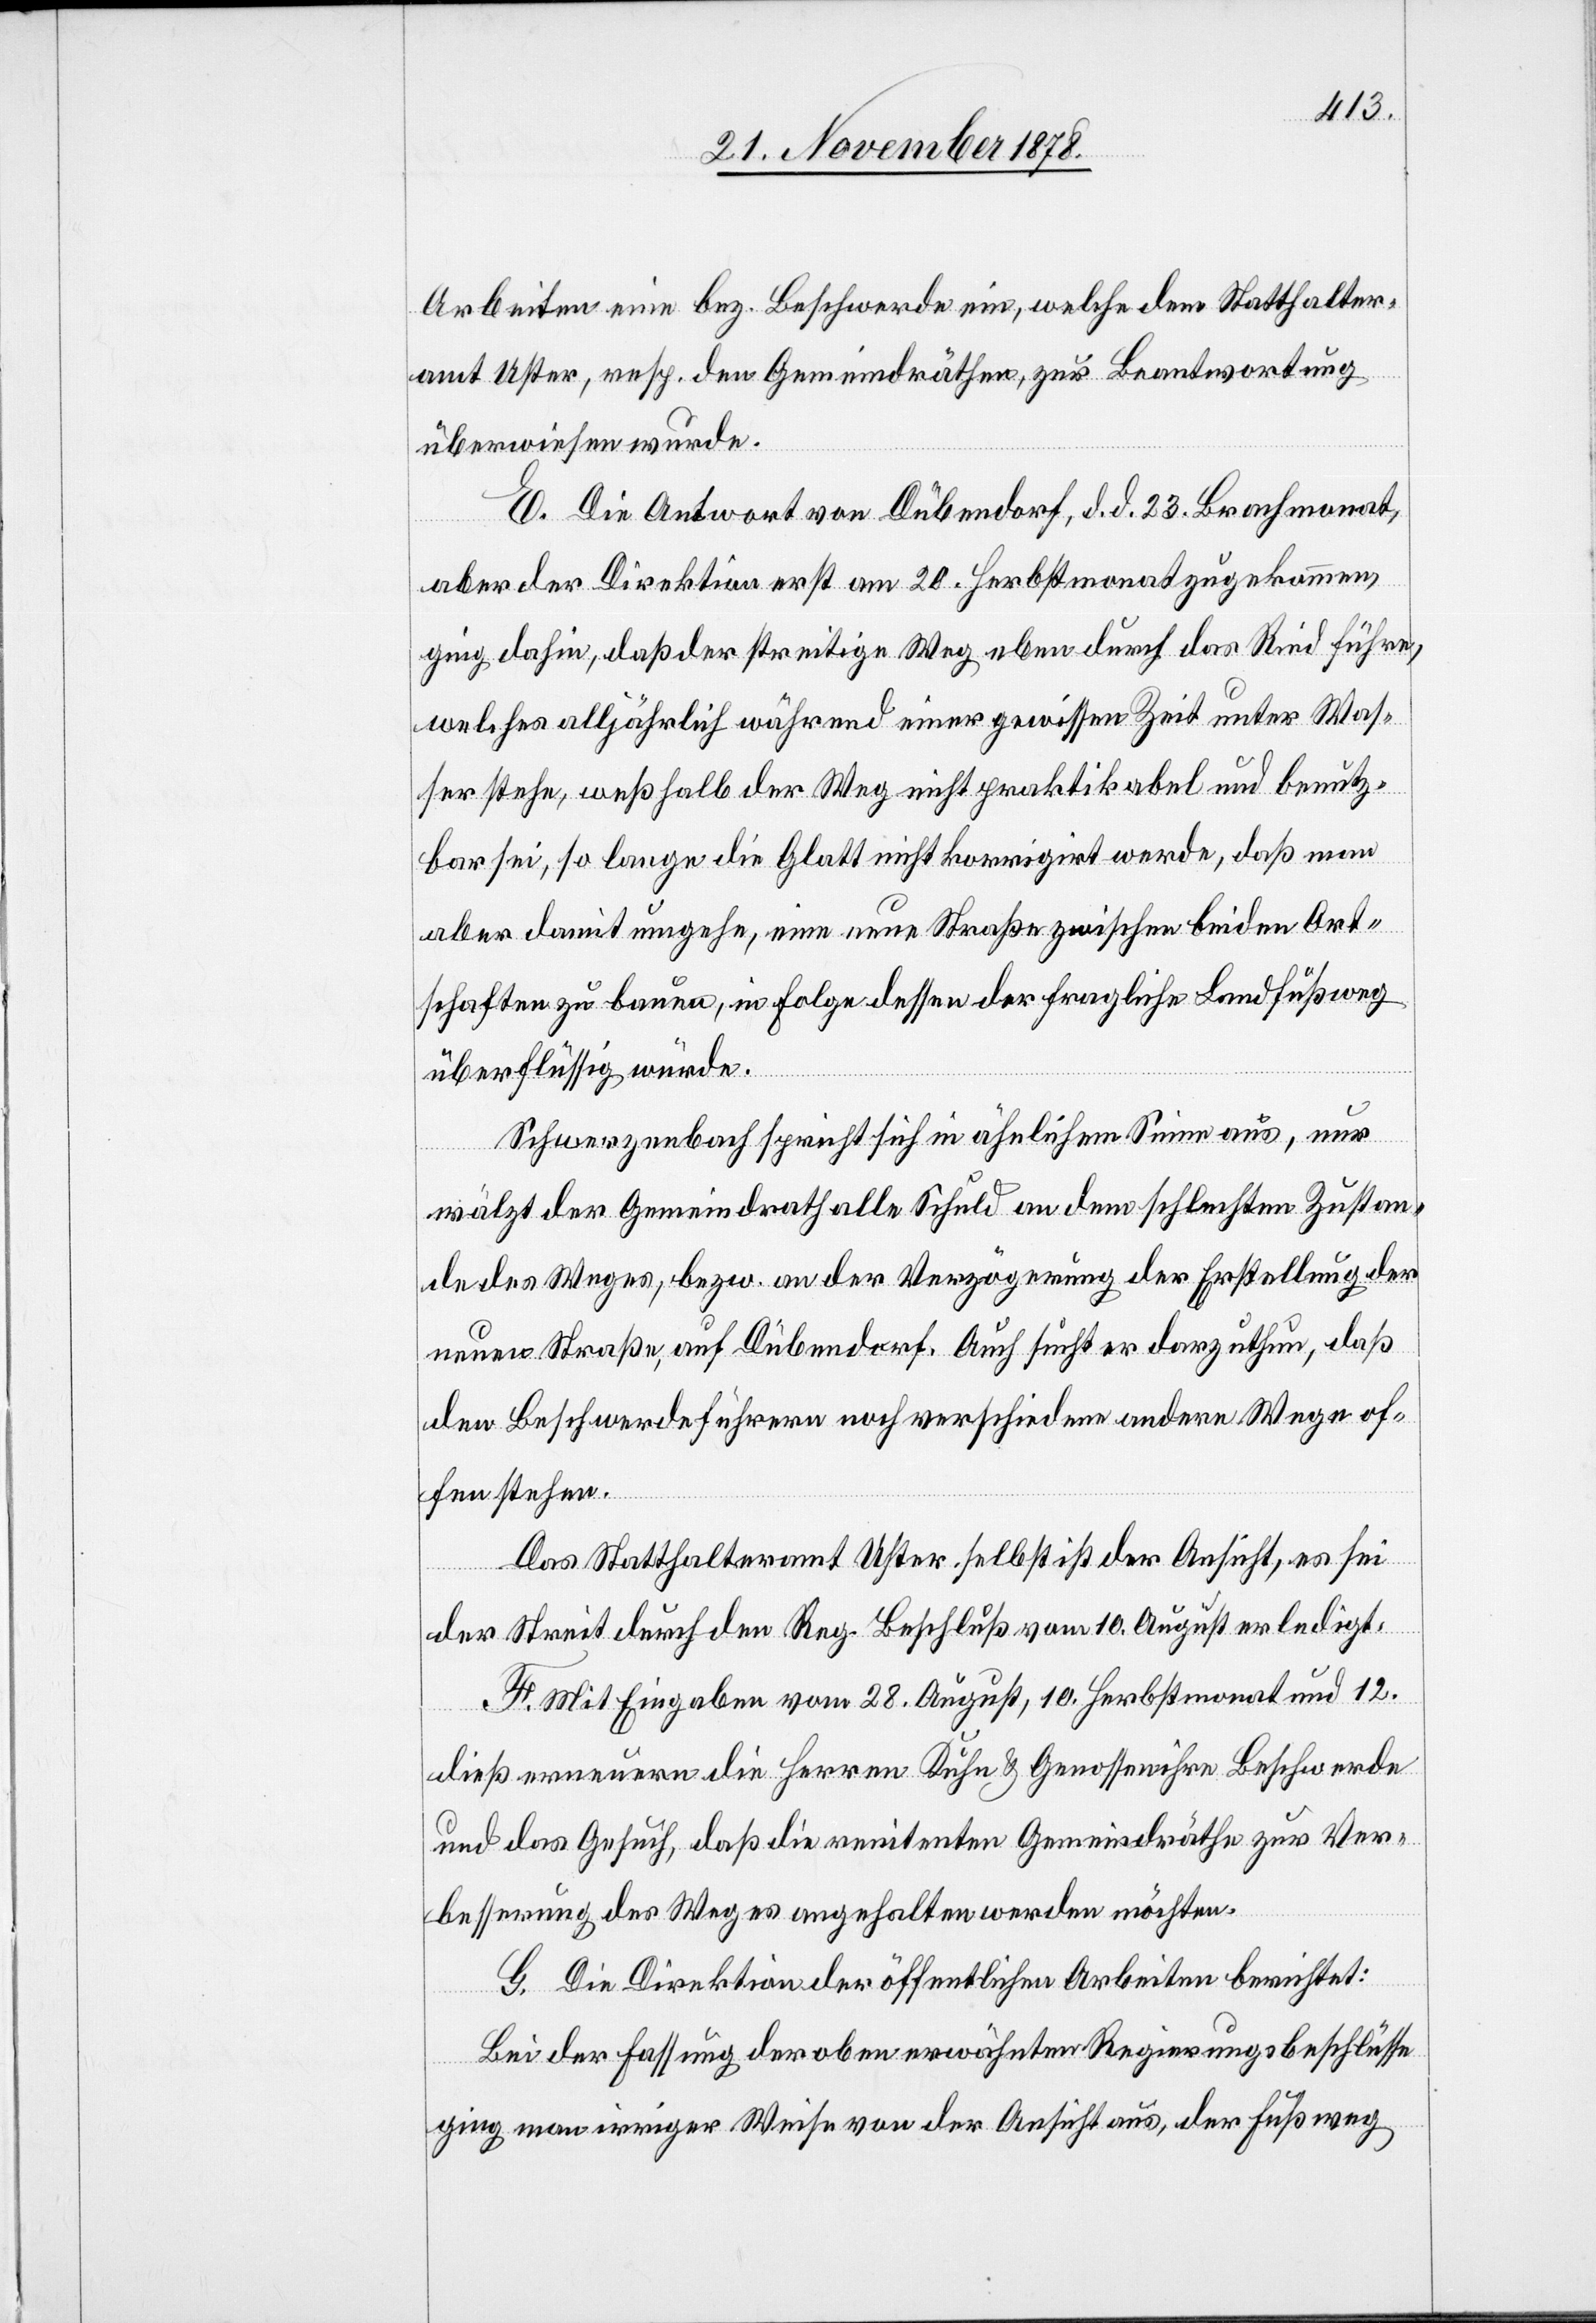
Arbeiten eine bez. Beschwerde ein, welche dem Statthalter¬
amt Uster, resp. den Gemeindräthen, zur Beantwortung
überwiesen wurde.
E. Die Antwort von Dübendorf, d. d. 23. Brachmonat,
aber der Direktion erst am 20. Herbstmonat zugekommen
ging dahin, daß der streitige Weg eben durch das Ried führe,
welches alljährlich während einer gewissen Zeit unter Was¬
ser stehe, weßhalb der Weg nicht praktikabel und benutz¬
bar sei, so lange die Glatt nicht korrigirt werde, daß man
aber damit umgehe, eine neue Straße zwischen beiden Ort¬
schaften zu bauen, in Folge dessen der fragliche Landfußweg
überflüssig würde.
Schwerzenbach spricht sich in ähnlichem Sinne aus, nur
wälzt der Gemeindrath alle Schuld an dem schlechten Zustan¬
de des Weges, bezw. an der Verzögerung der Erstellung der
neuen Straße, auf Dübendorf. Auch sucht er darzuthun, daß
den Beschwerdeführern noch verschiedene andere Wege of¬
fen stehen.
Das Statthalteramt Uster selbst ist der Ansicht, es sei
der Streit durch den Reg. Beschluß vom 10. August erledigt.
F. Mit Eingaben vom 28. August, 10. Herbstmonat und 12.
dieß erneuern die Herren Kuhn & Genossen ihre Beschwerde
und das Gesuch, daß die renitenten Gemeindräthe zur Ver¬
besserung des Weges angehalten werden möchten.
G. Die Direktion der öffentlichen Arbeiten berichtet:
Bei der Fassung der oben erwähnten Regierungsbeschlüsse
ging man irriger Weise von der Ansicht aus, der Fußweg